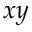
x y